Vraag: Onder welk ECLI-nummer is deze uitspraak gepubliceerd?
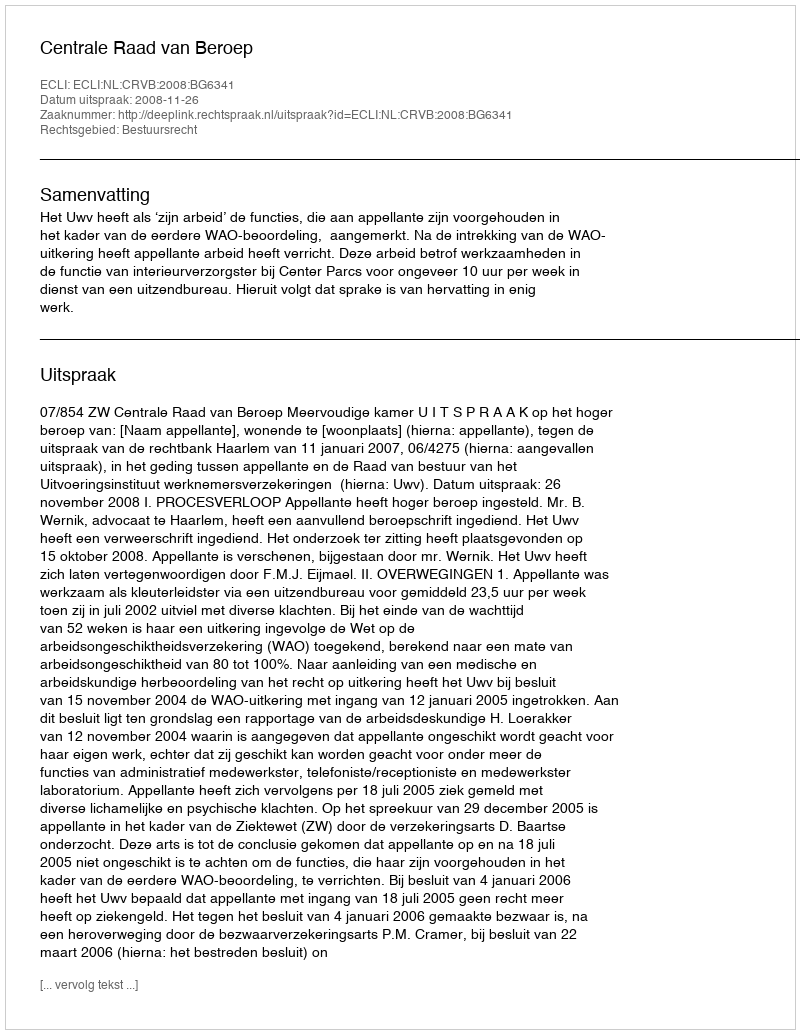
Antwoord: ECLI:NL:CRVB:2008:BG6341